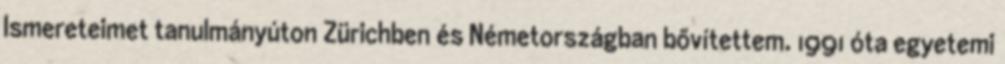
Ismereteimet tanulmányúton Zürichben és Németországban bővítettem. 1991 óta egyetemi